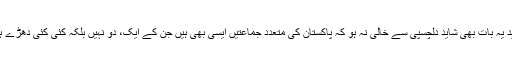
شاید یہ بات بھی شاید دلچسپی سے خالی نہ ہو کہ پاکستان کی متعدد جماعتیں ایسی بھی ہیں جن کے ایک، دو نہیں بلکہ کئی کئی دھڑے ہیں۔